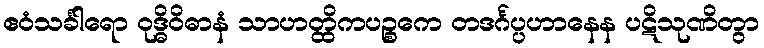
ဧဝံသင်္ခါရော ဝုဒ္ဓိဝိဓာနံ သာဟတ္ထိကပဉ္စကေ တဒင်္ဂပ္ပဟာနေန ပဋိသုဏိတွာ